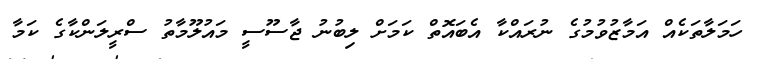
ހަމަލާތަކެއް އަމާޒުވުމުގެ ނުރައްކާ އެބައޮތް ކަމަށް ލިބުނު ޖާސޫސީ މައުލޫމާތު ސްރީލަންކާގެ ކަމާ